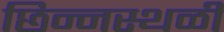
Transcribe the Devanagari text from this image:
छिन्नस्थळी